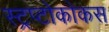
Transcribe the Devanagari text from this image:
स्ट्रप्टोकोकस